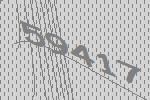
59417